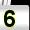
Digit: 5